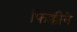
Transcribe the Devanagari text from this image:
फिक्कीने